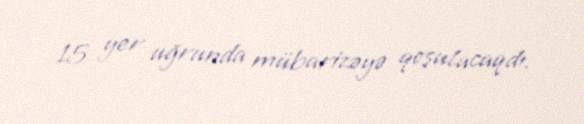
15 yer uğrunda mübarizəyə qoşulacaqdı.